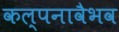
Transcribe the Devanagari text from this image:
कल्पनावैभव